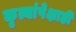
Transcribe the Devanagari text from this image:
कृत्यांपेक्षाही